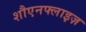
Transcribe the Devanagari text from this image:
शौएनफ्लाइज़